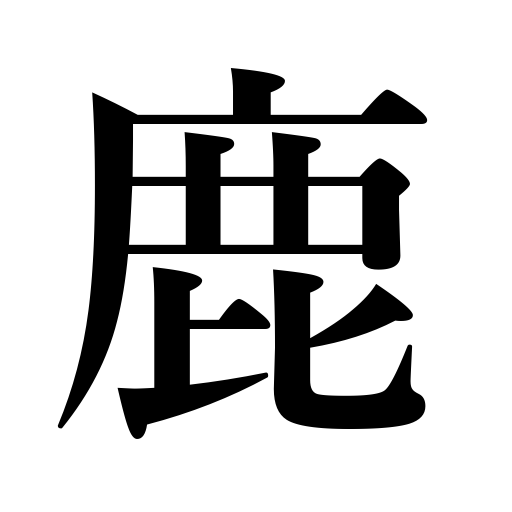
Meanings: deer